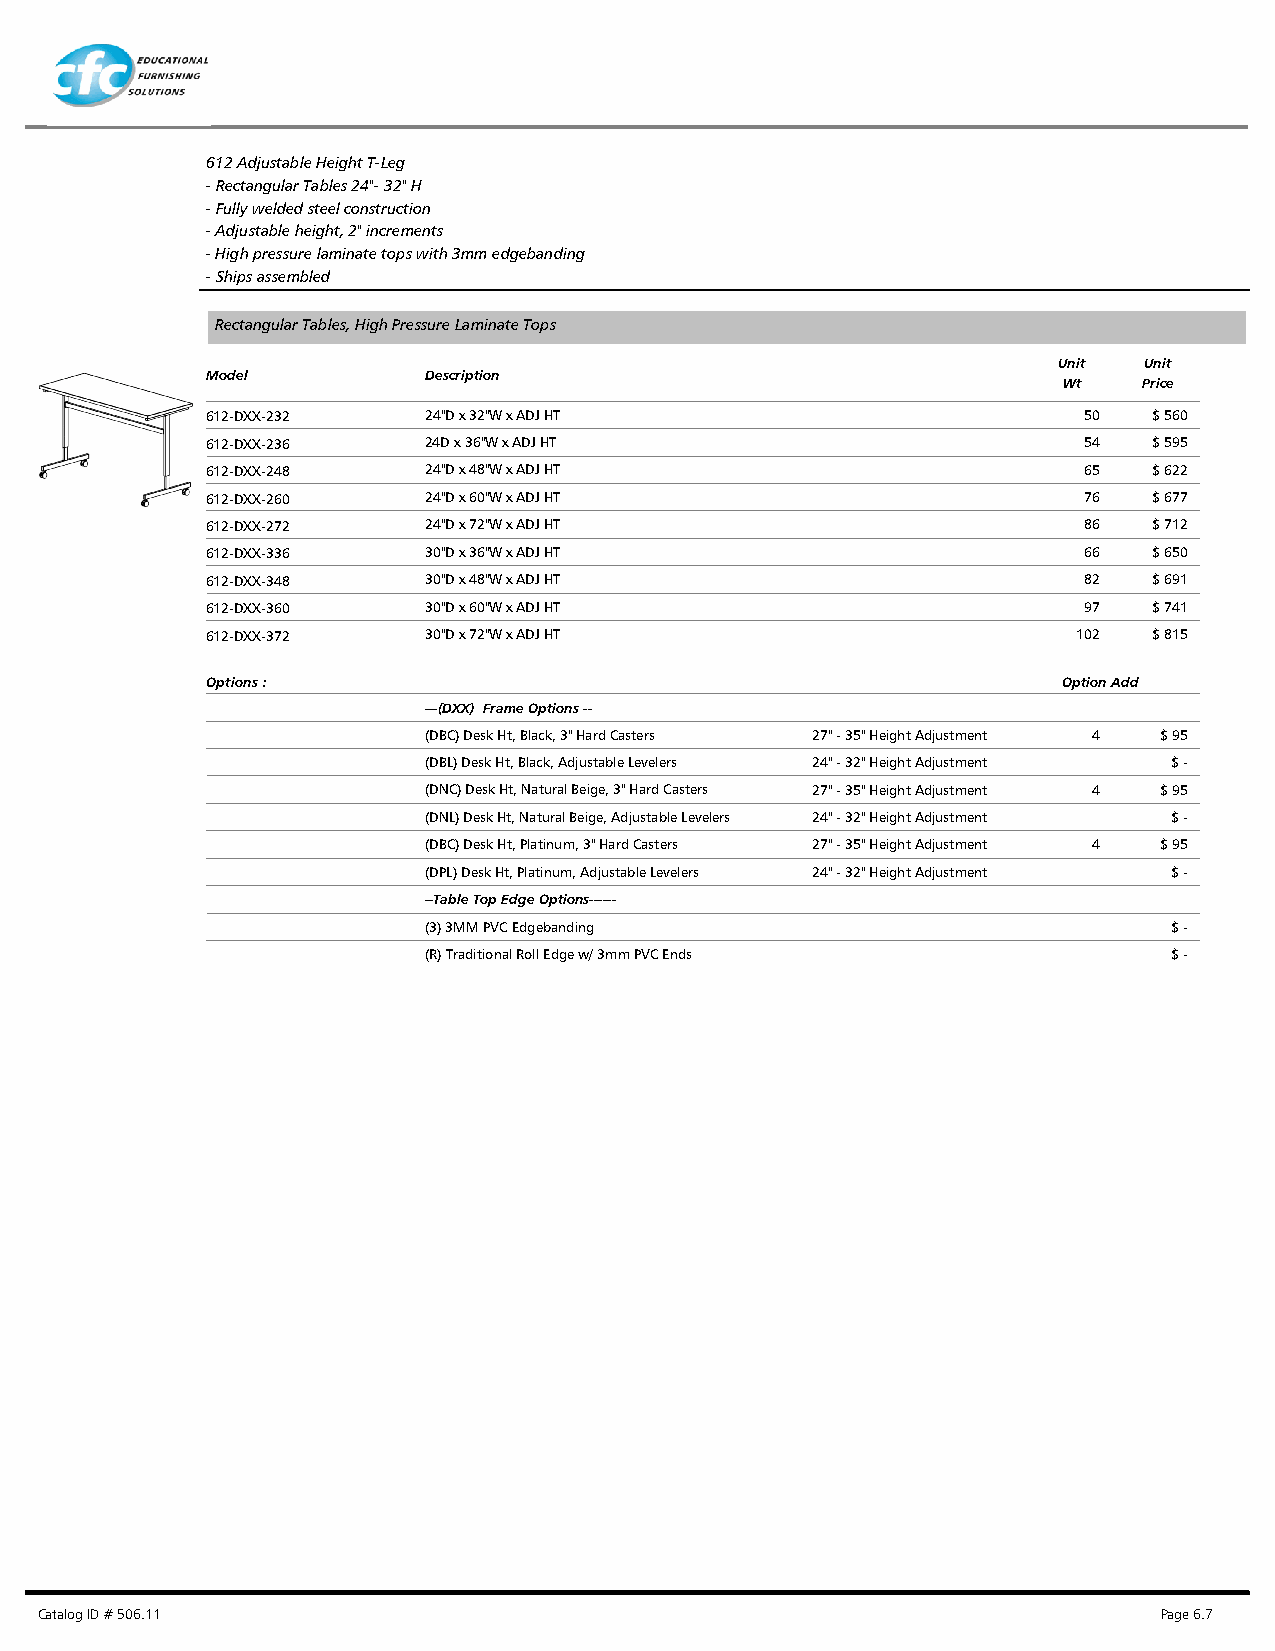
612 Adjustable Height T-Leg
 - Rectangular Tables 24"- 32" H
 - Fully welded steel construction
 - Adjustable height, 2" increments
 - High pressure laminate tops with 3mm edgebanding
 - Ships assembled
 Rectangular Tables, High Pressure Laminate Tops
 Unit  Unit
 Model         Description
 Wt    Price
 612-DXX-232   24"D x 32"W x ADJ HT                        50  $ 560
 612-DXX-236   24D x 36"W x ADJ HT                         54  $ 595
 612-DXX-248   24"D x 48"W x ADJ HT                        65  $ 622
 612-DXX-260   24"D x 60"W x ADJ HT                        76  $ 677
 612-DXX-272   24"D x 72"W x ADJ HT                        86  $ 712
 612-DXX-336   30"D x 36"W x ADJ HT                        66  $ 650
 612-DXX-348   30"D x 48"W x ADJ HT                        82  $ 691
 612-DXX-360   30"D x 60"W x ADJ HT                        97  $ 741
 612-DXX-372   30"D x 72"W x ADJ HT                       102  $ 815
 Options :                                               Option Add
 ---(DXX) Frame Options --
 (DBC) Desk Ht, Black, 3" Hard Casters 27" - 35" Height Adjustment 4 $ 95
 (DBL) Desk Ht, Black, Adjustable Levelers 24" - 32" Height Adjustment $ -
 (DNC) Desk Ht, Natural Beige, 3" Hard Casters 27" - 35" Height Adjustment 4 $ 95
 (DNL) Desk Ht, Natural Beige, Adjustable Levelers 24" - 32" Height Adjustment $ -
 (DBC) Desk Ht, Platinum, 3" Hard Casters 27" - 35" Height Adjustment 4 $ 95
 (DPL) Desk Ht, Platinum, Adjustable Levelers 24" - 32" Height Adjustment $ -
 --Table Top Edge Options------
 (3) 3MM PVC Edgebanding                           $ -
 (R) Traditional Roll Edge w/ 3mm PVC Ends         $ -
 Catalog ID # 506.11                                                        Page 6.7